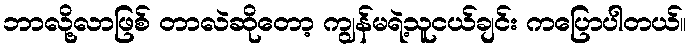
ဘာလို့လာဖြစ် တာလဲဆိုတော့ ကျွန်မရဲ့သူငယ်ချင်း ကပြောပါတယ်။